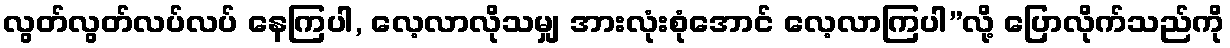
လွတ်လွတ်လပ်လပ် နေကြပါ, လေ့လာလိုသမျှ အားလုံးစုံအောင် လေ့လာကြပါ”လို့ ပြောလိုက်သည်ကို